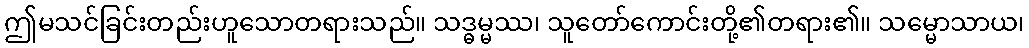
ဤမသင်ခြင်းတည်းဟူသောတရားသည်။ သဒ္ဓမ္မဿ၊ သူတော်ကောင်းတို့၏တရား၏။ သမ္မောသာယ၊